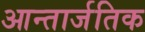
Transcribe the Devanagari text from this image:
आन्तार्जतिक